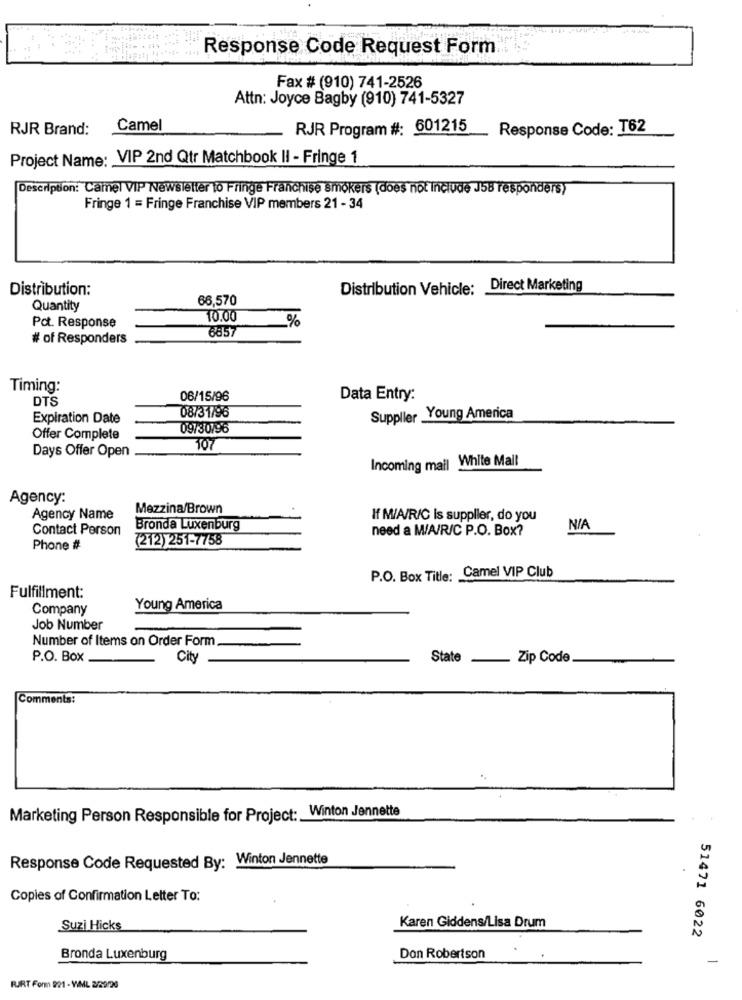
Response Code Request Form.
Fax # (910) 741-2526
Attn: Joyce Bagby (910) 741-5327
RJR Brand:
Camel
RJR Program #: 601215
Response Code: T62
Project Name: VIP 2nd Qtr Matchbook II - Fringe 1
Description: Camel VIP Newsletter to Fringe Franchise smokers (does not Include J58 responders)
Fringe 1 = Fringe Franchise VIP members 21 - 34
Distribution:
Distribution Vehicle: Direct Marketing
66,570
Quantity
10.00
%
Pct. Response
6857
# of Responders
Timing:
DTS
06/15/96
Data Entry:
Expiration Date
08/31/96
Supplier Young America
09730796
Offer Complete
TO7
Days Offer Open
Incoming mail White Mall
Agency:
Mezzina/Brown
Agency Name
If M/A/R/C Is supplier, do you
Contact Person
Bronda Luxenburg
need a M/A/R/C P.O. Box?
(212) 251-7758
Phone #
P.O. Box Title: Camel VIP Club
Fulfillment:
Company
Young America
Job Number
Number of Items on Order Form
P.O. Box
City
State - Zip Code
Comments:
Marketing Person Responsible for Project: Winton Jennette
Response Code Requested By: Winton Jennette
Copies of Confirmation Letter To:
Suzi Hicks
Karen Giddens/Lisa Drum
51471 6022
Bronda Luxenburg
Don Robertson
-
RURT For 991 - WML 2/29/20